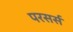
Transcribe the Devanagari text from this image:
परसर्स